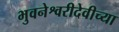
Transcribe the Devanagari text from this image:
भुवनेश्वरीदेवीच्या